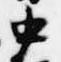
中